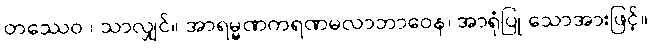
တဿေဝ ၊ သာလျှင်။ အာရမ္မဏကရဏမလာဘာဝေန၊ အာရုံပြု သောအားဖြင့်။